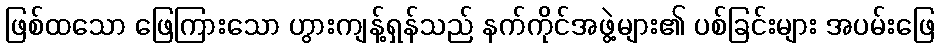
ဖြစ်ထသော ဖြေကြားသော ဟွားကျန့်ရှန်သည် နက်ကိုင်အဖွဲ့များ၏ ပစ်ခြင်းများ အပမ်းဖြေ